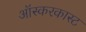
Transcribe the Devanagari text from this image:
ऑस्करकास्ट